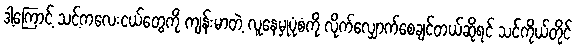
ဒါ့ကြောင့် သင့်ကလေးငယ်တွေကို ကျန်းမာတဲ့ လူနေမှုပုံစံကို လိုက်လျှောက်စေချင်တယ်ဆိုရင် သင်ကိုယ်တိုင်